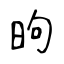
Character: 昫